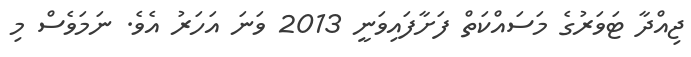
ޖިއްދާ ޓަވަރުގެ މަސައްކަތް ފަށާފައިވަނީ 2013 ވަނަ އަހަރު އެވެ. ނަމަވެސް މި